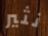
نثير